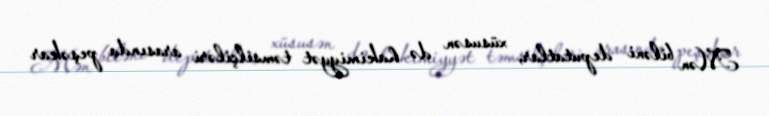
Mən biləni deputatlar, xüsusən də hakimiyyət təmsilçiləri arasında peşəkar